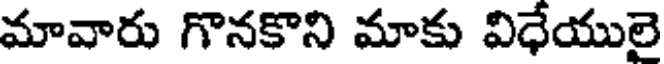
మావారు గొనకొని మాకు విధేయులై